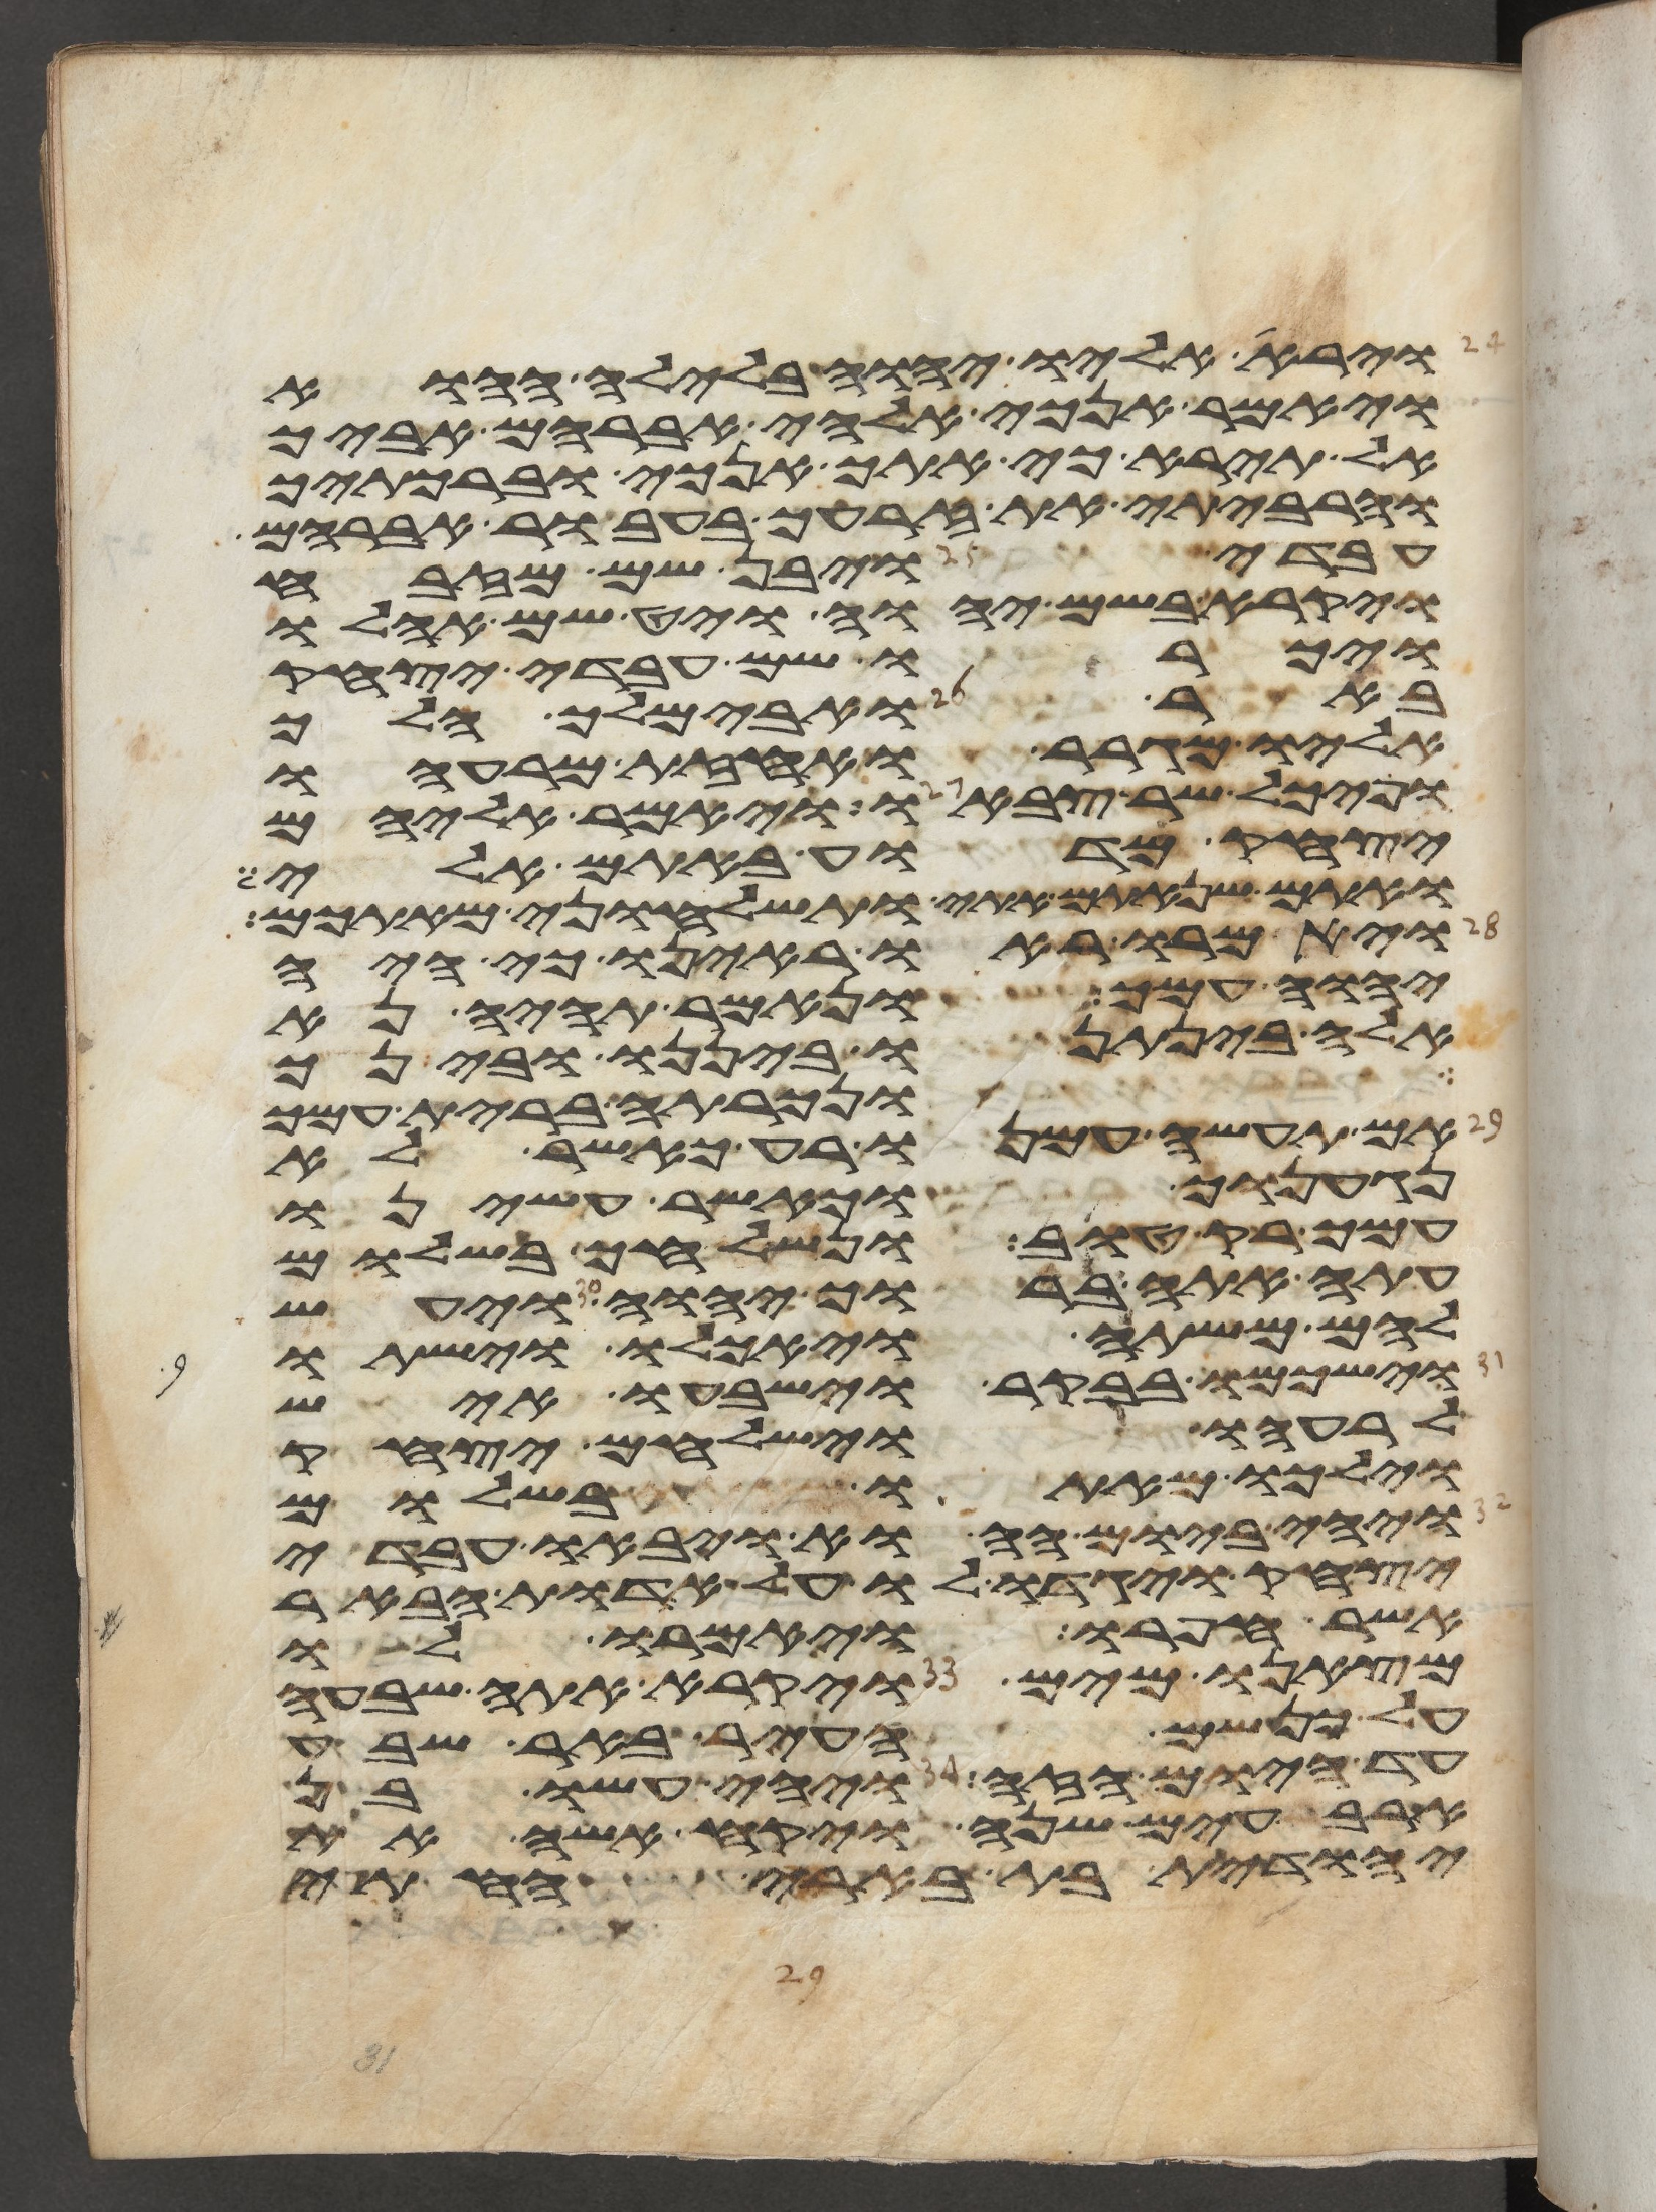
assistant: וירא אליו יהוה בלילה ההוא
ויאמר אנכי אלהי אברהם אביך
אל תירא כי אתך אנכי וברכתיך
והרביתי את זרעך בעבור אברהם
עבדי ויבן שם מזבח
ויקרא בשם יהוה ויט שם אהלו
ויכרו שם עבדי יצחק
באר ואבימלך הלך
אליו מגרר ואחזת מרעהו
ופיכל שר צבאו ויאמר אליהם
יצחק מדוע באתם אלי
ואתם שנאתם אתי ותשלחוני מאתכם
ויאמרו ראו ראינו כי היה
יהוה עמך ונאמר תהיה נא
אשר נתן להם יהוה כה עשו אבתיכם
ביננו ובינך
ונכרתה ברית עמך
אם תעשה עמנו רע כאשר לא
נגענוך וכאשר עשינו
עמך רק טוב ונשלחך בשלום
עתה אתה ברוך יהוה ויעש
להם משתה ויאכלו וישתו
וישכמו בבקר וישבעו איש
לרעהו וישלחם יצחק
וילכו מאתו בשלום
ויהי ביום ההוא ויבאו עבדי
יצחק ויגדו לו על אדות הבאר
אשר חפרו ויאמרו לו
מצאנו מים ויקרא אתה שבעה
על כן שם העיר באר שבע
עד היום הזה ויהי עשו בן
ארבעים שנה ויקח אשה את
יהודית בת בארי החתי